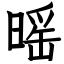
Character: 暚